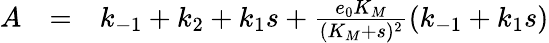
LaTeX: \begin{array}{rcl}{A}&{=}&{k_{-1}+k_{2}+k_{1}s+\frac{e_{0}K_{M}}{(K_{M}+s)^{2}}(k_{-1}+k_{1}s)}\end{array}